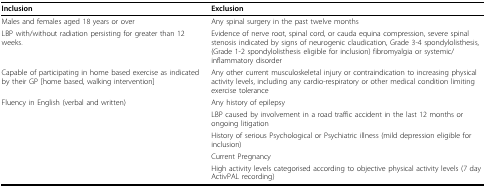
<table><thead><tr><td><b>Inclusion</b></td><td><b>Exclusion</b></td></tr></thead><tbody><tr><td>Males and females aged 18 years or over</td><td>Any spinal surgery in the past twelve months</td></tr><tr><td>LBP with/without radiation persisting for greater than 12 weeks.</td><td>Evidence of nerve root, spinal cord, or cauda equina compression, severe spinal stenosis indicated by signs of neurogenic claudication, Grade 3-4 spondylolisthesis, (Grade 1-2 spondylolisthesis eligible for inclusion) fibromyalgia or systemic/inflammatory disorder</td></tr><tr><td>Capable of participating in home based exercise as indicated by their GP [home based, walking intervention]</td><td>Any other current musculoskeletal injury or contraindication to increasing physical activity levels, including any cardio-respiratory or other medical condition limiting exercise tolerance</td></tr><tr><td>Fluency in English (verbal and written)</td><td>Any history of epilepsy</td></tr><tr><td></td><td>LBP caused by involvement in a road traffic accident in the last 12 months or ongoing litigation</td></tr><tr><td></td><td>History of serious Psychological or Psychiatric illness (mild depression eligible for inclusion)</td></tr><tr><td></td><td>Current Pregnancy</td></tr><tr><td></td><td>High activity levels categorised according to objective physical activity levels (7 day ActivPAL recording)</td></tr></tbody></table>